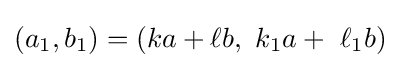
(a_{1},b_{1})=(ka+\ell b,\ k_{1}a+\ \ell _{1}b)